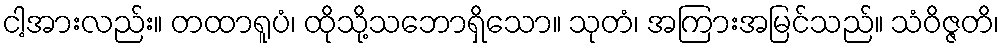
ငါ့အားလည်း။ တထာရူပံ၊ ထိုသို့သဘောရှိသော။ သုတံ၊ အကြားအမြင်သည်။ သံဝိဇ္ဇတိ၊